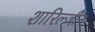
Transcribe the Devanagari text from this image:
शारिल्जीन